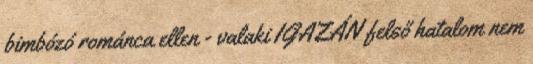
bimbózó románca ellen - valaki IGAZÁN felső hatalom nem